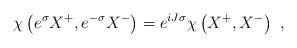
LaTeX: \begin{align*}\chi\left(e^\sigma X^+,e^{-\sigma} X^-\right) = e^{iJ\sigma}\chi\left(X^+,X^-\right)\ ,\end{align*}